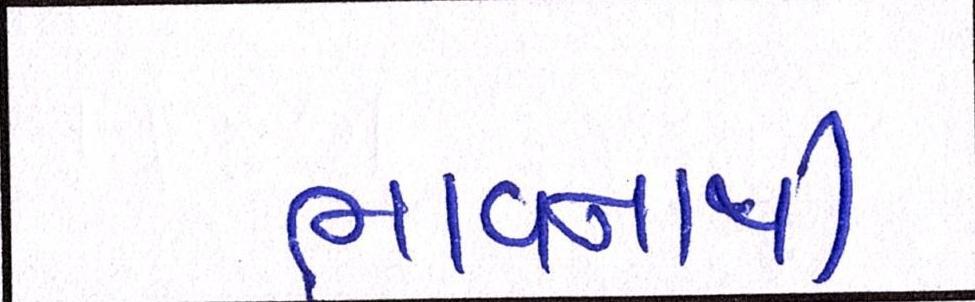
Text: ભાવનાથી